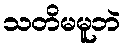
သတိမမူဘဲ